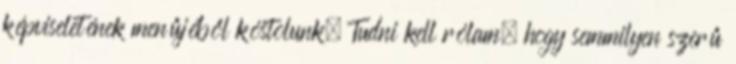
képviseletének menűjéből kóstolunk. Tudni kell rólam, hogy semmilyen szerű